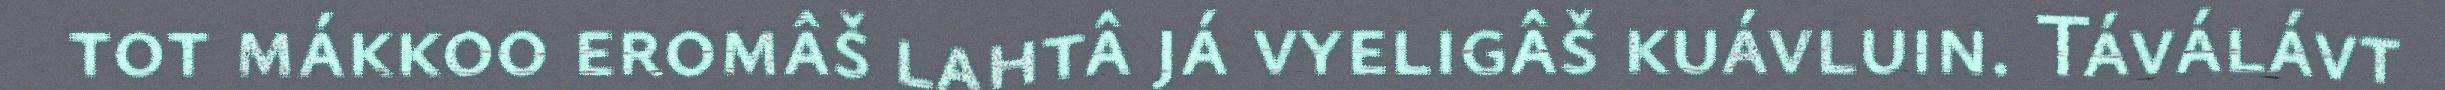
tot mákkoo eromâš lahtâ já vyeligâš kuávluin. Táválávt